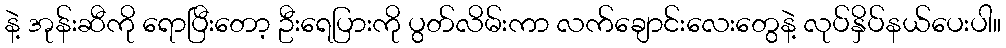
နဲ့ အုန်းဆီကို ရောပြီးတော့ ဦးရေပြားကို ပွတ်လိမ်းကာ လက်ချောင်းလေးတွေနဲ့ လုပ်နှိပ်နယ်ပေးပါ။